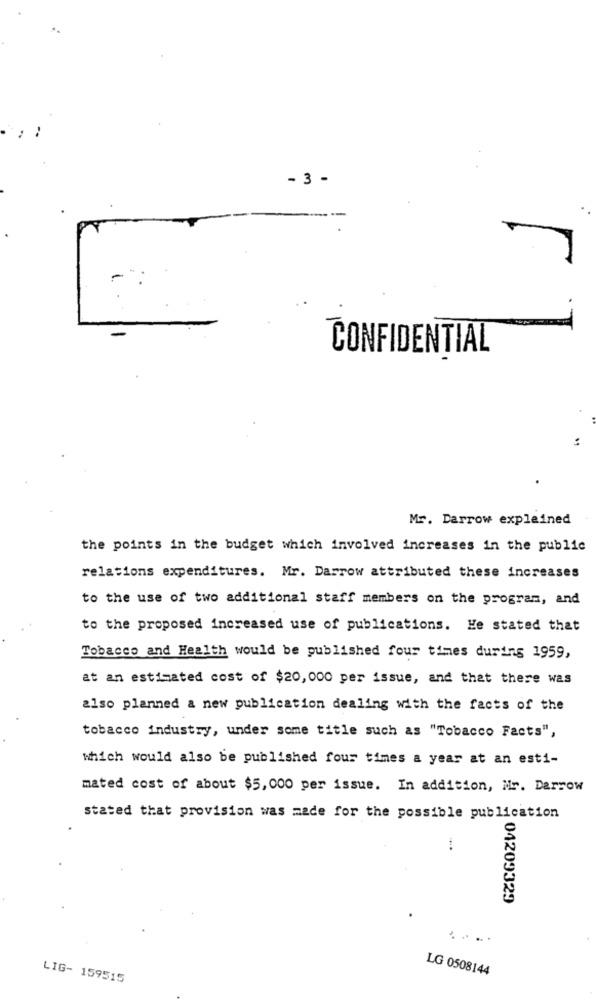
- 3 -
CONFIDENTIAL
Mr. Darrow explained
the points in the budget which involved increases in the public
relations expenditures. Mr. Darrow attributed these increases
to the use of two additional staff members on the program, and
to the proposed increased use of publications. He stated that
Tobacco and Health would be published four times during 1959,
at an estimated cost of $20, 000 per issue, and that there was
also planned a new publication dealing with the facts of the
tobacco industry, under some title such as "Tobacco Facts",
which would also be published four times a year at an esti-
mated cost of about $5, 000 per issue. In addition, Mr. Darrow
stated that provision was made for the possible publication
04209329
....
LG 0508144
LIG- 159515